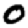
Digit: 0